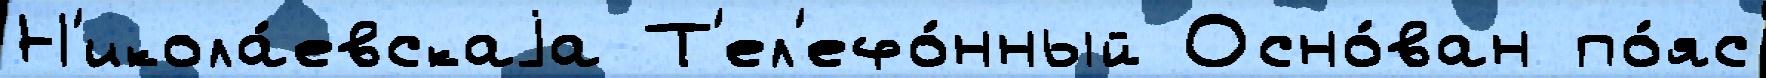
Н'икола́евскаjа Т'ел'ефо́нный Осно́ван по́яс